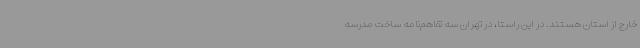
خارج از استان هستند. در این راستا، در تهران سه تفاهم‌نامه ساخت مدرسه